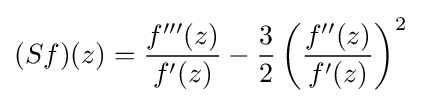
(Sf)(z)={\frac {f'''(z)}{f'(z)}}-{\frac {3}{2}}\left({\frac {f''(z)}{f'(z)}}\right)^{2}